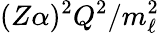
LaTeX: (Z\alpha)^{2}Q^{2}/m_{\ell}^{2}